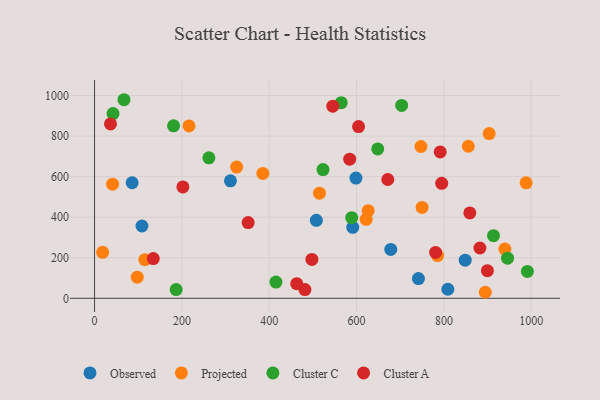
{"axis": {"x": "Study Hours", "y": "Exam Score"}, "legend": ["Cluster A", "Cluster C", "Observed", "Projected"], "data": [{"x": "311.2", "y": 579.2, "type": "Observed"}, {"x": "741.7", "y": 97.3, "type": "Observed"}, {"x": "507.9", "y": 384.6, "type": "Observed"}, {"x": "848.8", "y": 188.0, "type": "Observed"}, {"x": "108.6", "y": 356.6, "type": "Observed"}, {"x": "86.1", "y": 569.9, "type": "Observed"}, {"x": "809.1", "y": 44.6, "type": "Observed"}, {"x": "598.6", "y": 592.9, "type": "Observed"}, {"x": "591.3", "y": 350.2, "type": "Observed"}, {"x": "678.4", "y": 240.9, "type": "Observed"}, {"x": "115.2", "y": 190.7, "type": "Projected"}, {"x": "750.1", "y": 448.3, "type": "Projected"}, {"x": "856.0", "y": 749.8, "type": "Projected"}, {"x": "747.5", "y": 748.6, "type": "Projected"}, {"x": "903.7", "y": 812.5, "type": "Projected"}, {"x": "988.4", "y": 569.3, "type": "Projected"}, {"x": "626.6", "y": 432.3, "type": "Projected"}, {"x": "515.1", "y": 518.5, "type": "Projected"}, {"x": "97.8", "y": 104.1, "type": "Projected"}, {"x": "385.4", "y": 615.7, "type": "Projected"}, {"x": "41.2", "y": 562.8, "type": "Projected"}, {"x": "785.6", "y": 210.8, "type": "Projected"}, {"x": "939.7", "y": 242.8, "type": "Projected"}, {"x": "894.9", "y": 29.7, "type": "Projected"}, {"x": "325.5", "y": 647.3, "type": "Projected"}, {"x": "622.0", "y": 389.6, "type": "Projected"}, {"x": "216.3", "y": 850.0, "type": "Projected"}, {"x": "18.5", "y": 226.6, "type": "Projected"}, {"x": "415.4", "y": 80.2, "type": "Cluster C"}, {"x": "991.2", "y": 132.5, "type": "Cluster C"}, {"x": "564.9", "y": 964.6, "type": "Cluster C"}, {"x": "703.3", "y": 951.0, "type": "Cluster C"}, {"x": "261.9", "y": 692.7, "type": "Cluster C"}, {"x": "648.5", "y": 736.7, "type": "Cluster C"}, {"x": "180.9", "y": 850.7, "type": "Cluster C"}, {"x": "588.9", "y": 397.8, "type": "Cluster C"}, {"x": "913.6", "y": 308.9, "type": "Cluster C"}, {"x": "945.8", "y": 197.9, "type": "Cluster C"}, {"x": "523.2", "y": 634.6, "type": "Cluster C"}, {"x": "42.3", "y": 911.1, "type": "Cluster C"}, {"x": "186.9", "y": 42.8, "type": "Cluster C"}, {"x": "67.4", "y": 979.3, "type": "Cluster C"}, {"x": "584.3", "y": 686.2, "type": "Cluster A"}, {"x": "882.5", "y": 248.0, "type": "Cluster A"}, {"x": "134.5", "y": 195.9, "type": "Cluster A"}, {"x": "604.6", "y": 846.7, "type": "Cluster A"}, {"x": "781.0", "y": 226.2, "type": "Cluster A"}, {"x": "36.5", "y": 860.1, "type": "Cluster A"}, {"x": "795.0", "y": 567.2, "type": "Cluster A"}, {"x": "463.0", "y": 71.9, "type": "Cluster A"}, {"x": "202.3", "y": 549.2, "type": "Cluster A"}, {"x": "497.8", "y": 191.6, "type": "Cluster A"}, {"x": "351.8", "y": 373.6, "type": "Cluster A"}, {"x": "859.4", "y": 421.2, "type": "Cluster A"}, {"x": "481.8", "y": 42.9, "type": "Cluster A"}, {"x": "671.5", "y": 585.8, "type": "Cluster A"}, {"x": "791.6", "y": 721.9, "type": "Cluster A"}, {"x": "899.7", "y": 136.4, "type": "Cluster A"}, {"x": "545.6", "y": 947.5, "type": "Cluster A"}]}